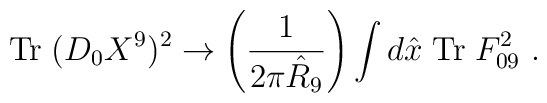
{\rm Tr}\; (D_0 X^9)^2 \rightarrow  \left(\frac{1}{2 \pi \hat{R}_9} \right)\int d\hat{x} \; {\rm Tr}\;F_{09}^2\ .